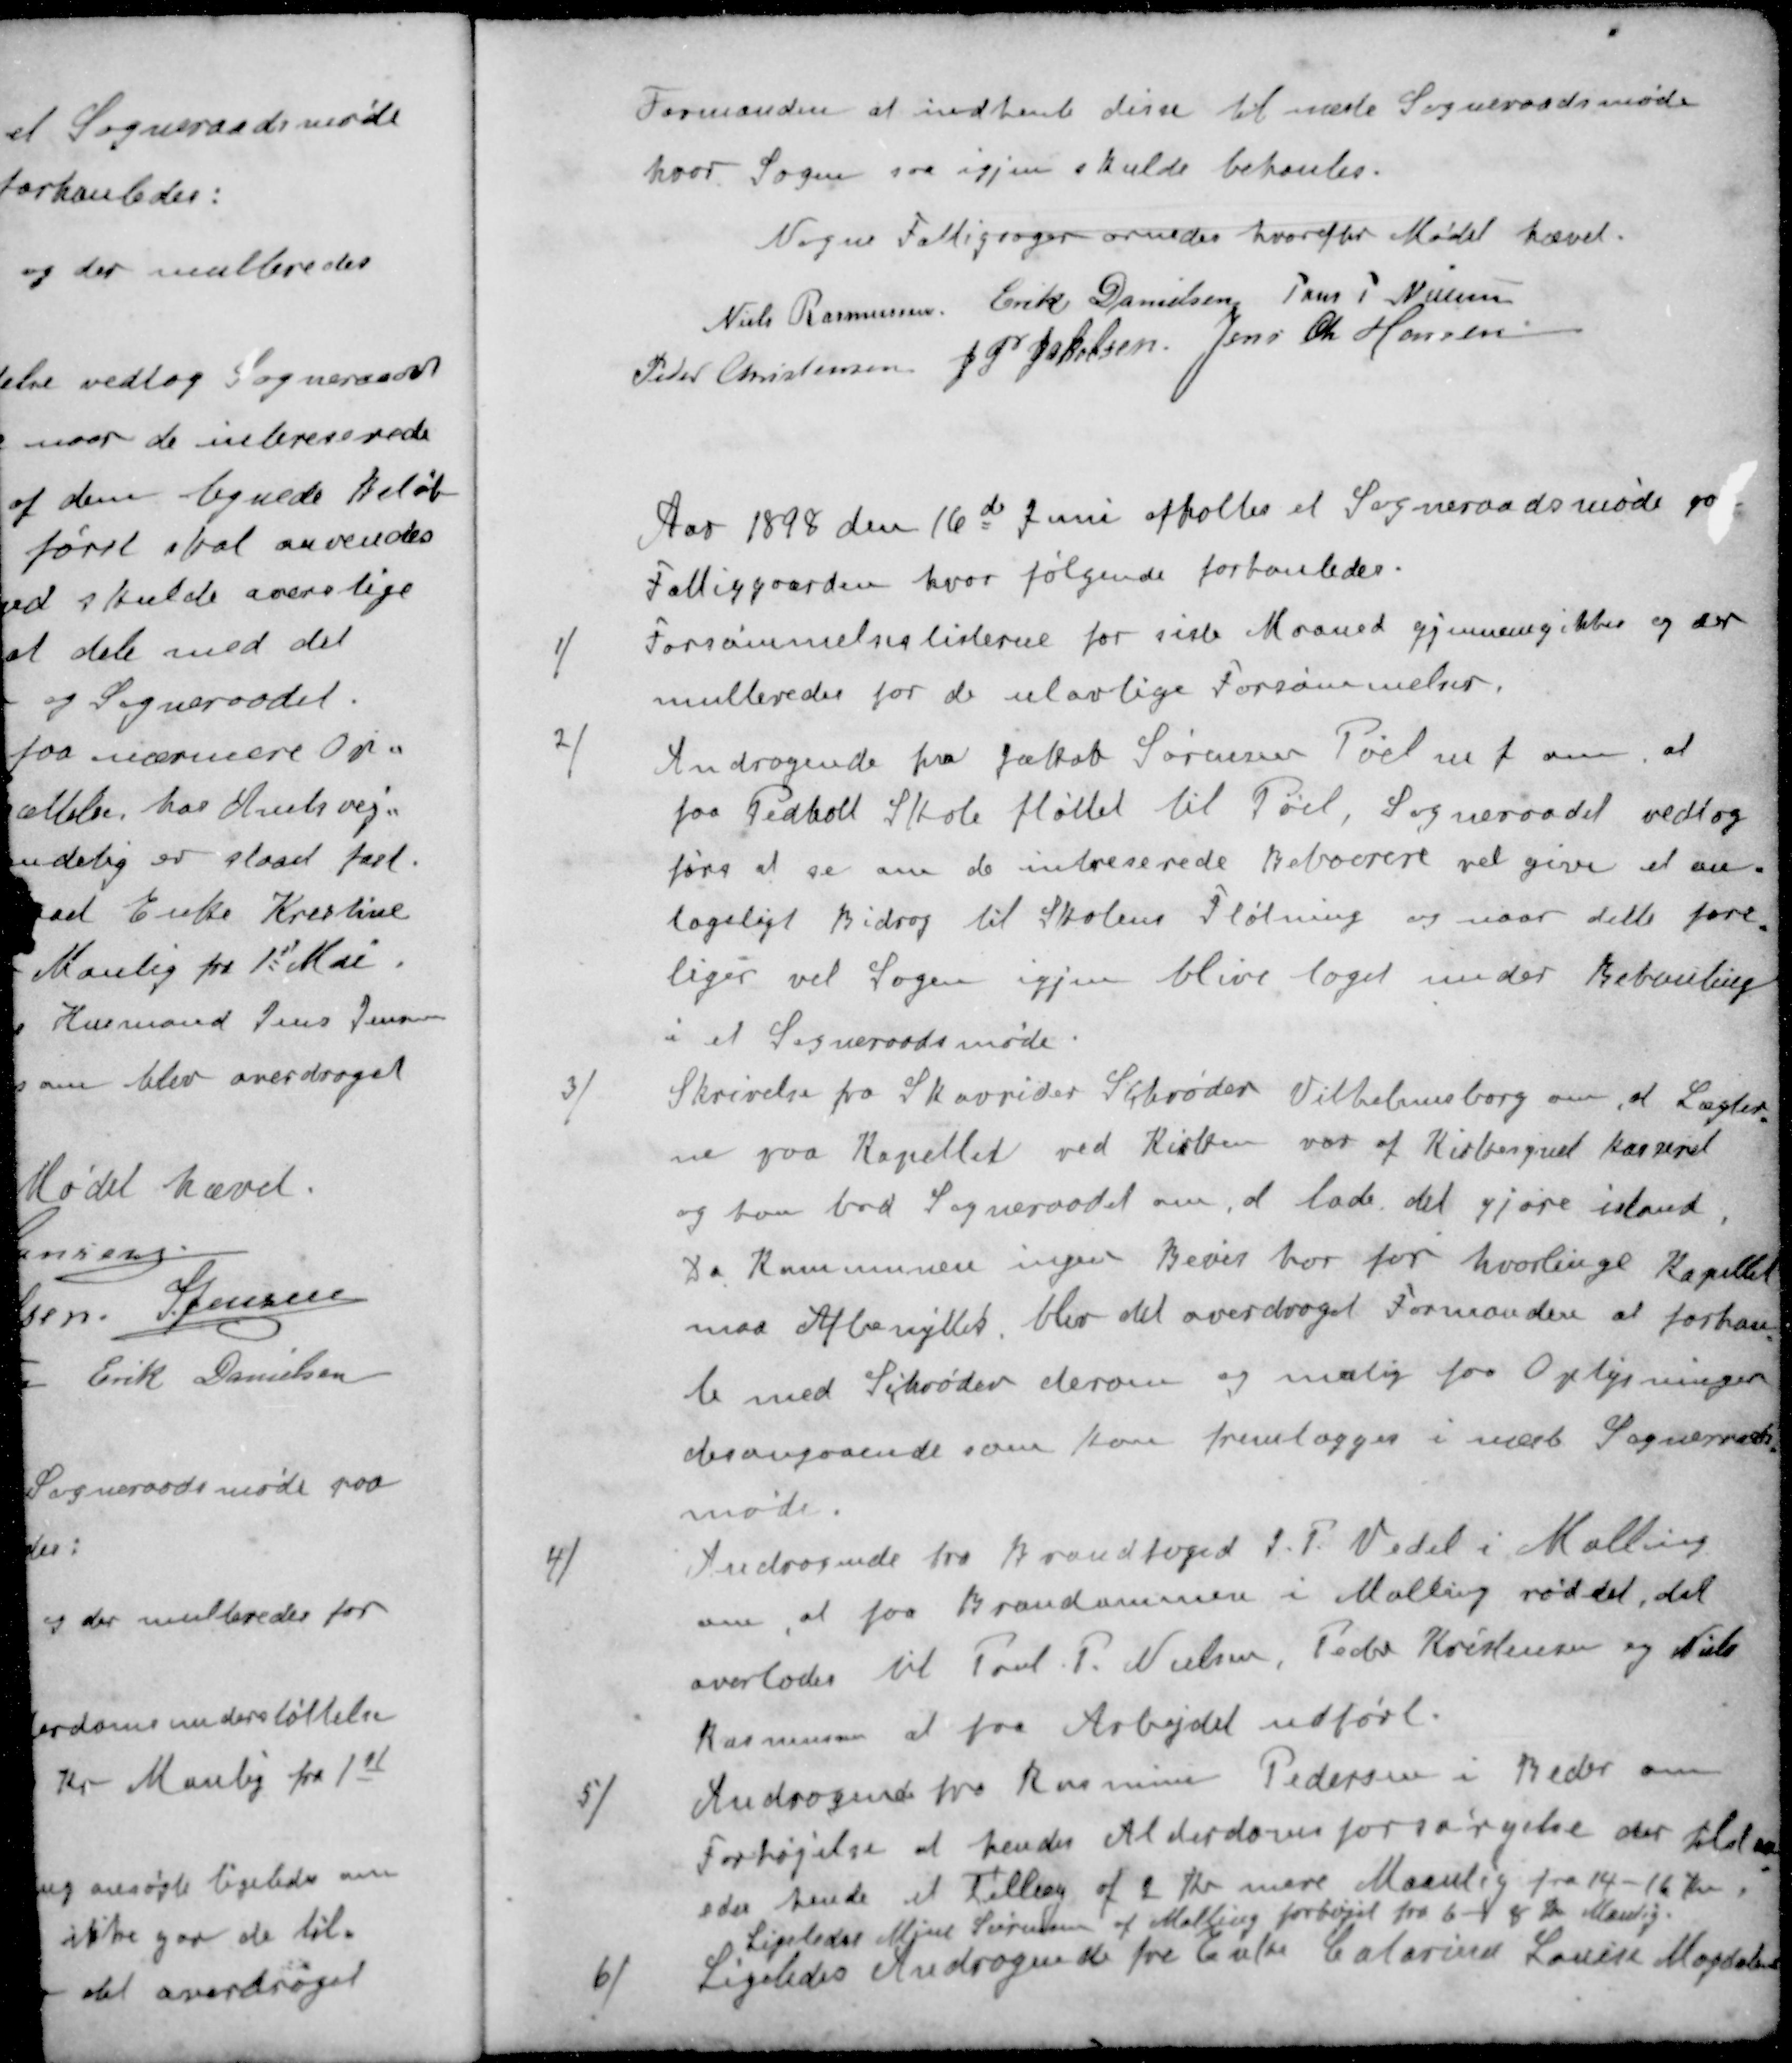
Transskription:
Formanden at indhente disse til næste Sogneraadsmøde
hvor Sagen saa igjen skulde behanles.
Nogne Fattigsager ornedes hvorefter Mødet hævet.
Niels Rasmussen
Erik Danielsen
Jens P Nielsen
Peder Christensen
J. P. Jakobsen
Jens Chr Hansen
Aar 1898 den 16d Juni afholtes et Sogneraadsmøde paa
Fattiggaarden, hvor følgende forhanledes.
1 ) Forsømmelseslisterne for siste Maaned gjennemgikkes og der
multeredes for de ulovlige Forsømmelser.
2 ) Andragende fra Jakob Sørensen Pøel m f om, at
faa Pedholt Skole fløttet til Pøel, Sogneraadet vedtog
førs at se om de intreserede Beboerere vil give et an-
tageligt Bidrag til Skolens Fløtning og naar dette fore
liger vil Sagen igjen blive taget under Behandling
i et Sogneraadsmøde.
3 ) Skrivelse fra Skovrider Schrøder Vilhelmsborg om, at Lægter-
ne paa Kapellet ved Kirken var af Kirkesognet kasseret
og han bad Sogneraadet om, at lade det gjøre istand
Da Kommunen ingen Bevis har for hvorlinge Kapellet
maa Afbenyttes blev det overdraget Formanden at forhan
le med Schrøder derom og mulig faa Oplysningen
desangaaende som kan fremlægges i næste Sogneraads-
møde.
4 )Andragende fra Brandfoged J. P. Vedel i Malling
om, at faa Brandammen i Malling røddet, det
overlodes til Poul P. Nielsen, Peder Kristensen og Niels
Rasmussen at faa Arbejdet udført.
5 ) Andragende fra Rasmine Pedersen i Beder om
Forhøjelse af hendes Alderdomsforsørgelse der tildel
eder hende et Tillæg af 2 Kr mere Maanlig fra 14-16 Kr
Ligeledse Mine Sørensen af Malling forhøjet fra 6 - 8 Kr Manlig.
6 ) Ligeledes Andragende fra Enke Catarina Louise Magdalene